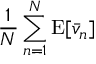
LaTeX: { \frac { 1 } { N } } \sum _ { n = 1 } ^ { N } \operatorname { E } [ { \bar { v } } _ { n } ]